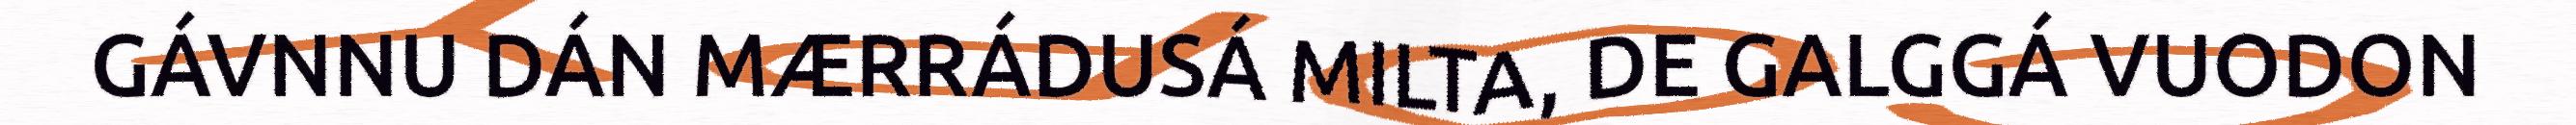
GÁVNNU DÁN MÆRRÁDUSÁ MILTA, DE GALGGÁ VUODON